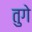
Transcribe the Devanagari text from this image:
तुगे